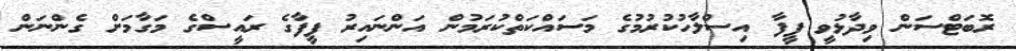
ރޮބަޓްސަން ވިދާޅުވީ ފީފާ އިސްލާހުކުރުމުގެ މަސައްކަތްކުރަމުން އަންނައިރު ފީފާގެ ރައީސްގެ މަގާމަށް ގެންނަން